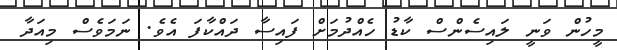
މީހުން ވަނީ ލައިސެންސް ކާޑު ހެއްދުމަށް ފައިސާ ދައްކާފަ އެވެ. ނަމަވެސް މިއަދާ